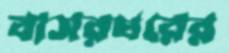
বাসরঘরের